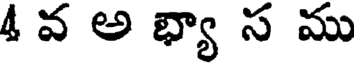
4 వ అ భ్యా స ము